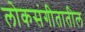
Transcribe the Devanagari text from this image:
लोकसंगीतातील